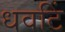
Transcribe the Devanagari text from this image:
धवटिं